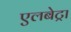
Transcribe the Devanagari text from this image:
एलबेट्रा